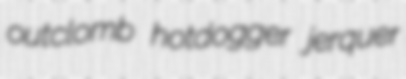
outclomb hotdogger jerquer